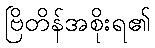
ဗြိတိန်အစိုးရ၏